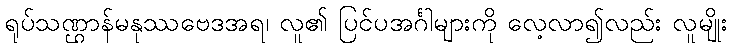
ရုပ်သဏ္ဌာန်မနုဿဗေဒအရ၊ လူ၏ ပြင်ပအင်္ဂါများကို လေ့လာ၍လည်း လူမျိုး